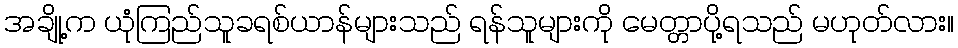
အချို့က ယုံကြည်သူခရစ်ယာန်များသည် ရန်သူများကို မေတ္တာပို့ရသည် မဟုတ်လား။